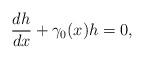
LaTeX: \begin{align*}\frac{dh}{dx}+\gamma _0(x)h=0,\end{align*}